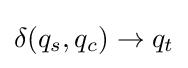
\delta (q_{s},q_{c})\to q_{t}